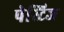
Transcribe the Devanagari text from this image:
पेस्टिज